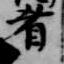
肴